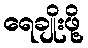
ရေချိုးဖို့